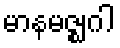
မာနမဇ္ဈဂါ